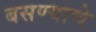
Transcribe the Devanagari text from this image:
बसण्याचे